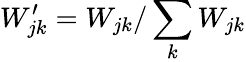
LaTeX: W_{jk}^{\prime}=W_{jk}/\sum_{k}W_{jk}